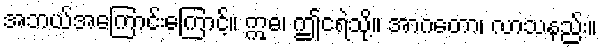
အဘယ်အကြောင်းကြောင့်။ ဣဓ၊ ဤငရဲသို့။ အာဂတော၊ လာသနည်း။